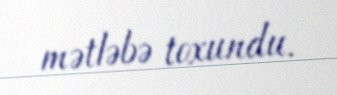
mətləbə toxundu.